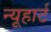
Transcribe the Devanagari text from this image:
न्यूहार्ट